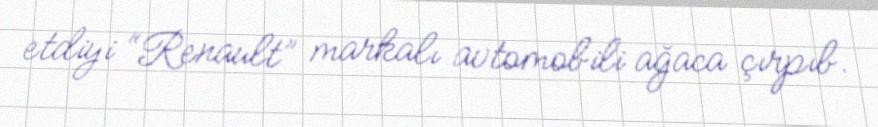
etdiyi “Renault” markalı avtomobili ağaca çırpıb.